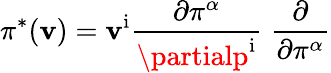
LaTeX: \pi^{*}(\mathbf{v})=\mathbf{v}^{\mathrm{{i}}}{\frac{{\partial\pi^{\alpha}}}{{\partialp^{\mathrm{{i}}}}}}\; {\frac{{\partial}}{{\partial\pi^{\alpha}}}}